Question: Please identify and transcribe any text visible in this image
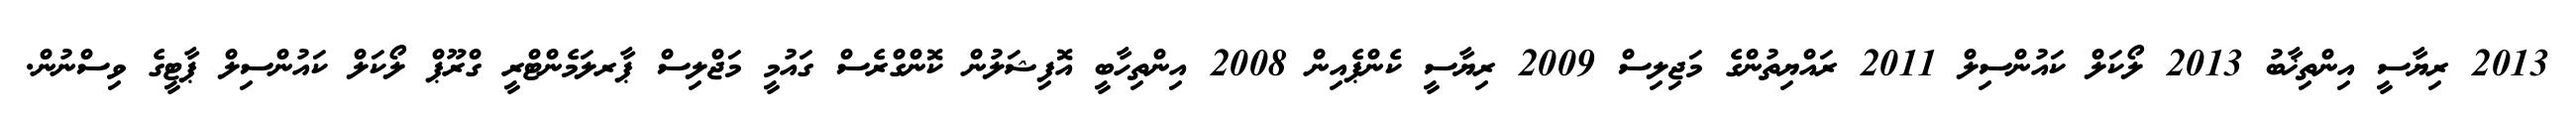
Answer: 2013 ރިޔާސީ އިންތިޚާބު 2013 ލޯކަލް ކައުންސިލް 2011 ރައްޔިތުންގެ މަޖިލިސް 2009 ރިޔާސީ ކެންޕެއިން 2008 އިންތިހާބީ އޮފިޝަލުން ކޮންގްރެސް ގައުމީ މަޖްލިސް ޕާރލަމެންޓްރީ ގްރޫޕް ލޯކަލް ކައުންސިލް ޕާޓީގެ ވިސްނުން.